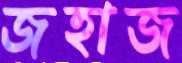
জহাজ